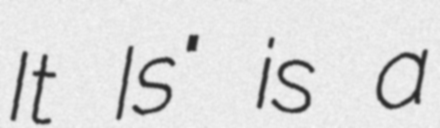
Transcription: It Is" is a